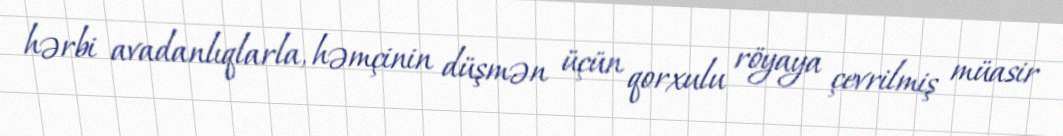
hərbi avadanlıqlarla, həmçinin düşmən üçün qorxulu röyaya çevrilmiş müasir